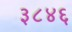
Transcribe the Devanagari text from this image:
३८४६